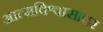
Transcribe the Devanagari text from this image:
आत्मविश्वासावर